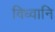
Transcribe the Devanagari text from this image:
विध्वानि